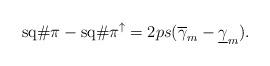
LaTeX: \begin{align*} {\rm sq}\#\pi -{\rm sq}\#\pi^{\uparrow} = 2ps(\overline\gamma_m - \underline\gamma_m).\end{align*}